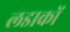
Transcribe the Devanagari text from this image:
लडाकों